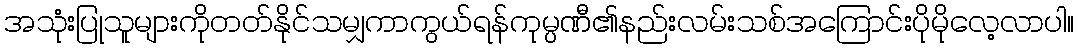
အသုံးပြုသူများကိုတတ်နိုင်သမျှကာကွယ်ရန်ကုမ္ပဏီ၏နည်းလမ်းသစ်အကြောင်းပိုမိုလေ့လာပါ။